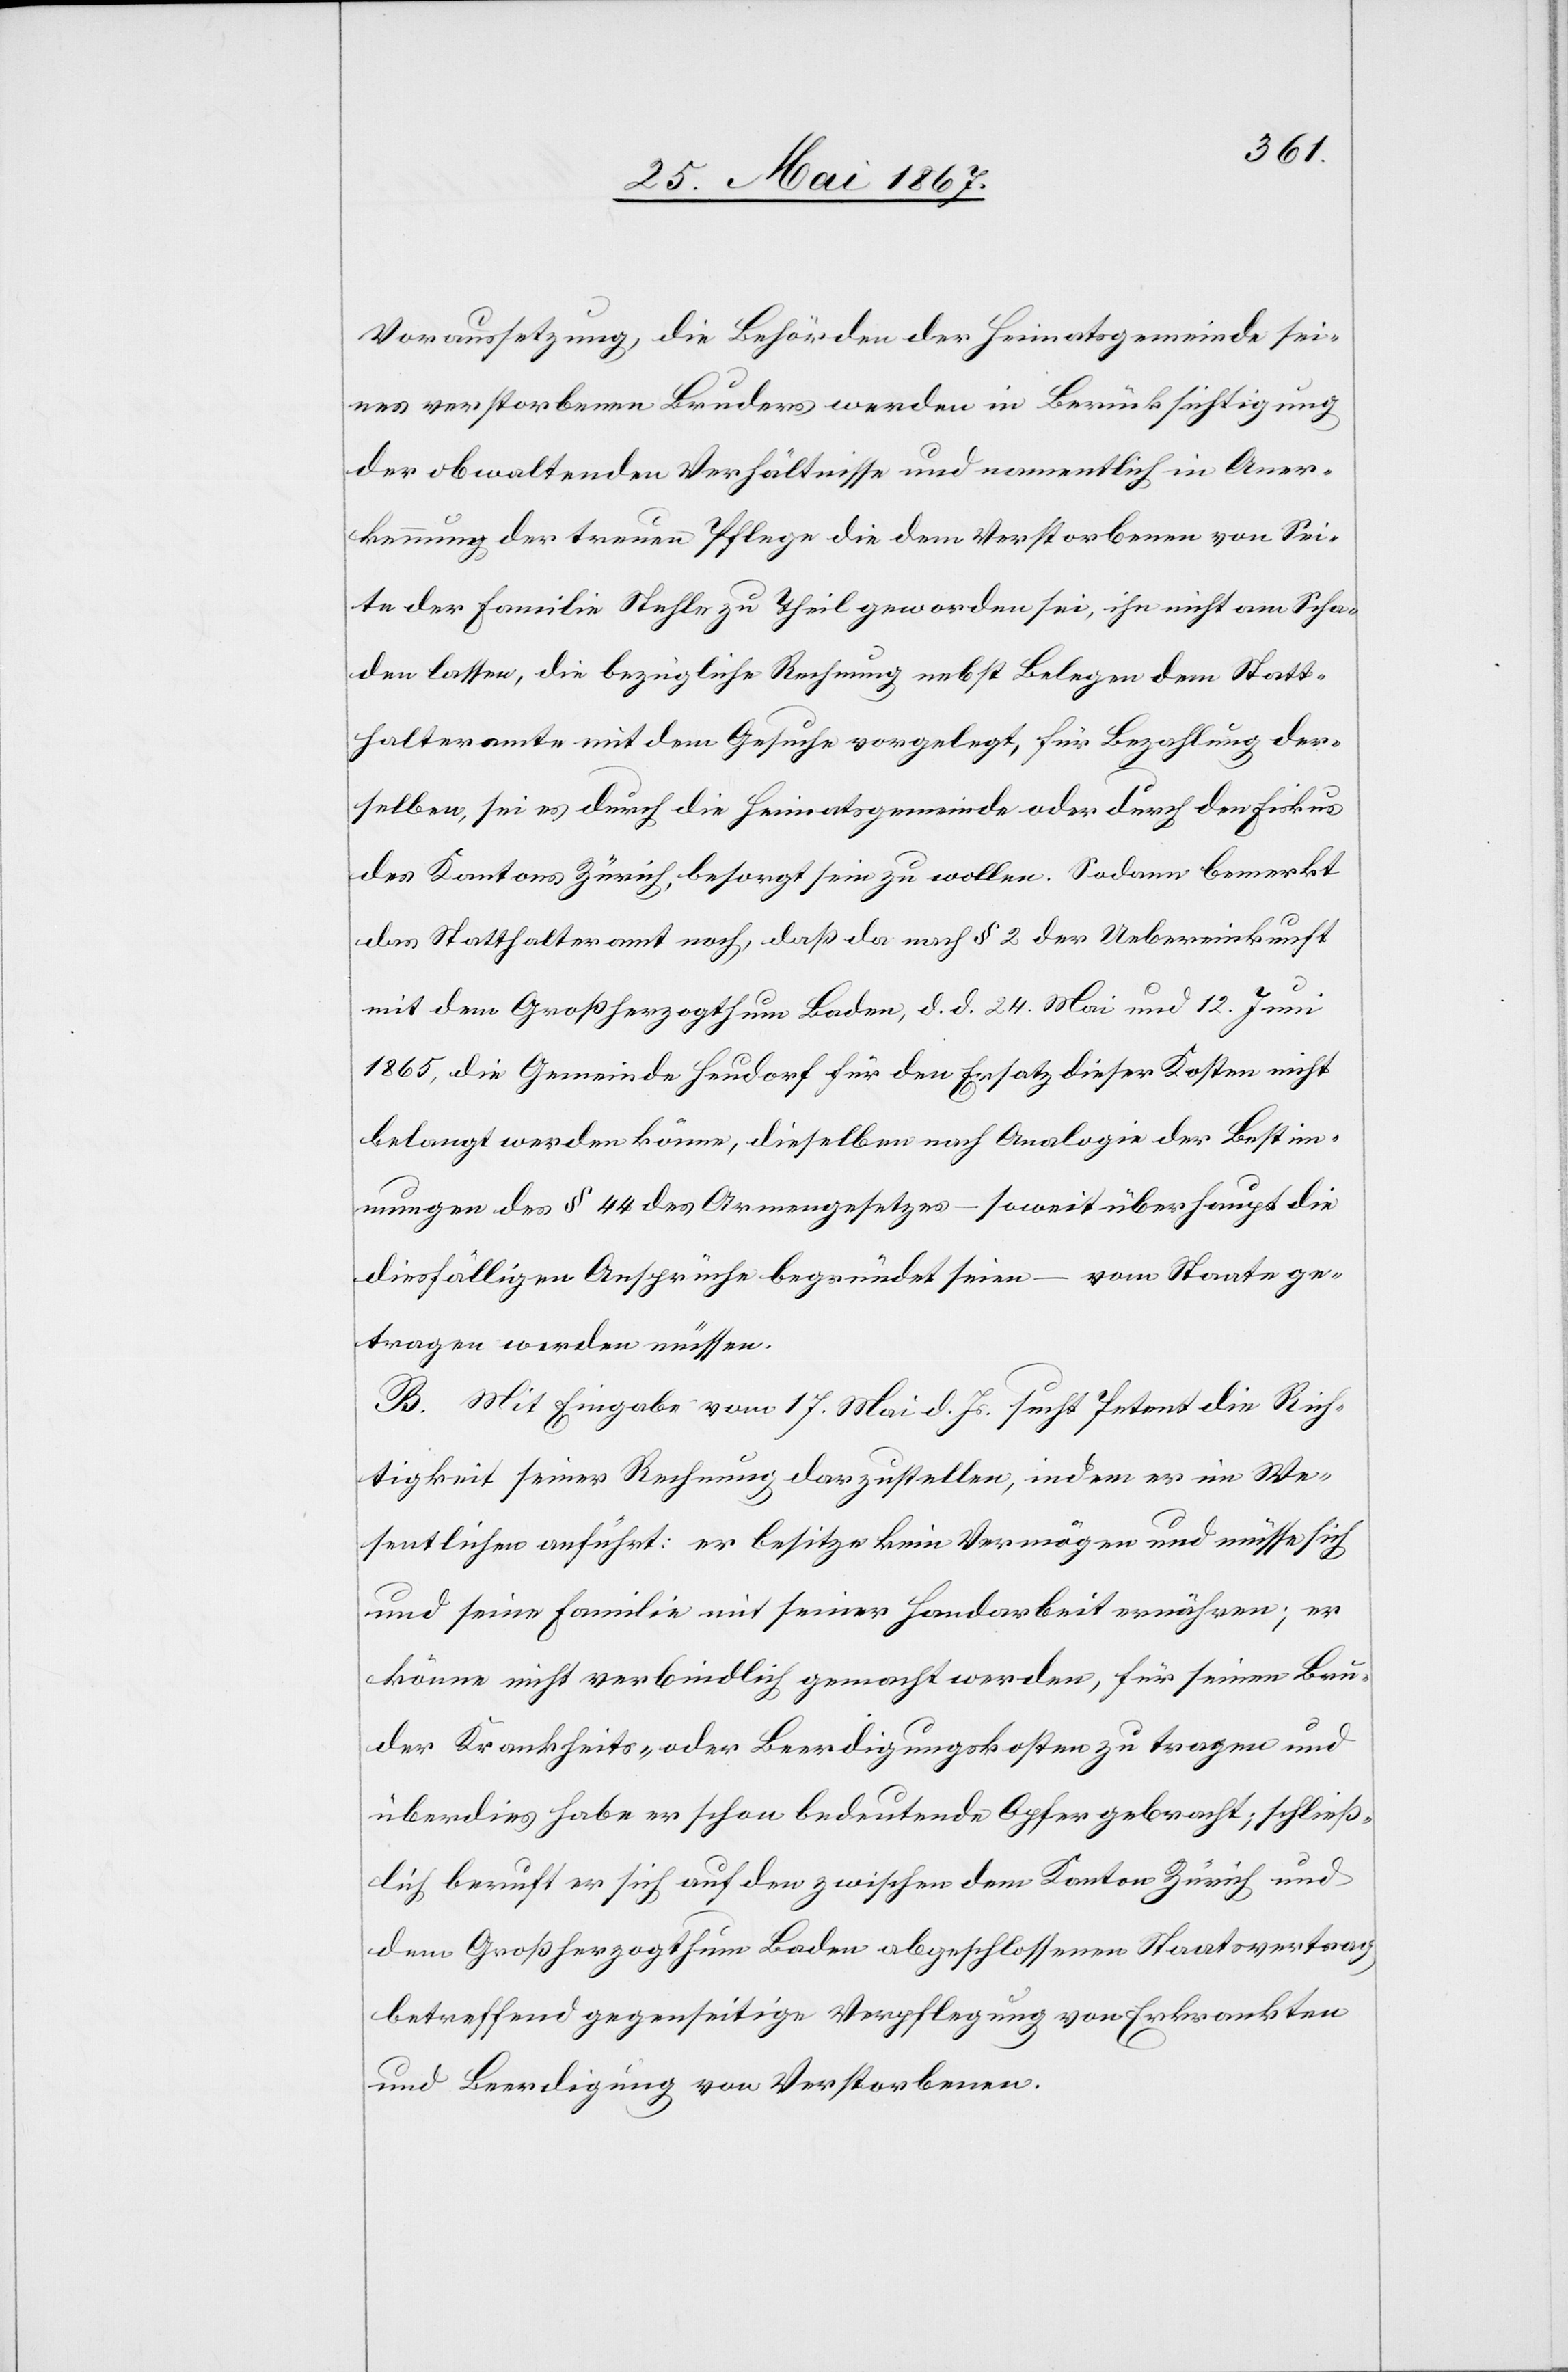
Voraussetzung, die Behörden der Heimatsgemeinde sei¬
nes verstorbenen Bruders werden in Berücksichtigung
der obwaltenden Verhältnisse und namentlich in Aner¬
kennung der treuen Pflege die dem Verstorbenen von Sei¬
te der Familie Stehle zu Theil geworden sei, ihn nicht am Scha¬
den lassen, die bezügliche Rechnung nebst Belegen dem Statt¬
halteramte mit dem Gesuche vorgelegt, für Bezahlung der¬
selben, sei es durch die Heimatsgemeinde oder durch den Fiskus
des Kantons Zürich, besorgt sein zu wollen. Sodann bemerkt
das Statthalteramt noch, daß da nach § 2 der Uebereinkunft
mit dem Großherzogthum Baden, d. d. 24. Mai und 12. Juni
1865, die Gemeinde Heudorf für den Ersatz dieser Kosten nicht
belangt werden könne, dieselben nach Analogie der Bestim¬
mungen des § 44 des Armengesetzes – soweit überhaupt die
diesfälligen Ansprüche begründet seien – vom Staate ge¬
tragen werden müssen.
B. Mit Eingabe vom 17. Mai d. Js. sucht Petent die Rich¬
tigkeit seiner Rechnung darzustellen, indem er im We¬
sentlichen anführt: er besitze kein Vermögen und müsse sich
und seine Familie mit seiner Handarbeit ernähren; er
könne nicht verbindlich gemacht werden, für seinen Bru¬
der Krankheits- oder Beerdigungskosten zu tragen und
überdies habe er schon bedeutende Opfer gebracht; schließ¬
lich beruft er sich auf den zwischen dem Kanton Zürich und
dem Großherzogthum Baden abgeschlossenen Staatsvertrag,
betreffend gegenseitige Verpflegung von Erkrankten
und Beerdigung von Verstorbenen.